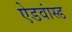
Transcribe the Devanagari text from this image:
ऐडवांस्ड